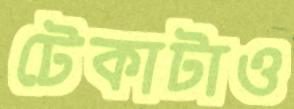
টেকাটাও